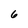
Character: 6